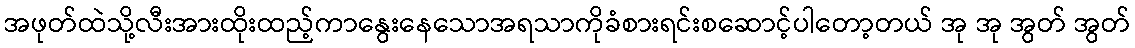
အဖုတ်ထဲသို့လီးအားထိုးထည့်ကာနွေးနေသောအရသာကိုခံစားရင်းစဆောင့်ပါတော့တယ် အု အု အွတ် အွတ်